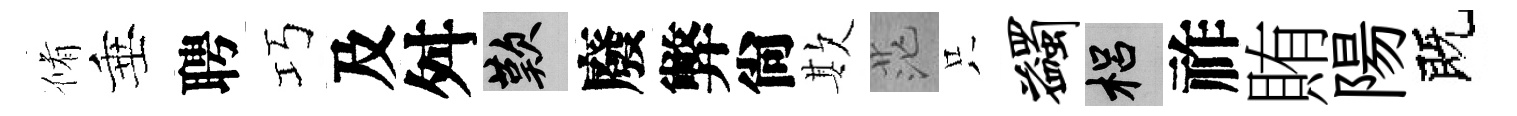
脩垂聘巧及舛嘆廢弊尙欺茫只蠲梠祚賄陽既